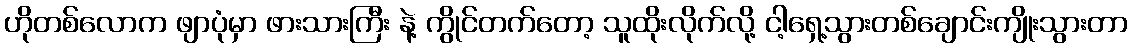
ဟိုတစ်လောက ဖျာပုံမှာ ဖားသားကြီး နဲ့ ကွိုင်တက်တော့ သူထိုးလိုက်လို့ ငါ့ရှေ့သွားတစ်ချောင်းကျိုးသွားတာ